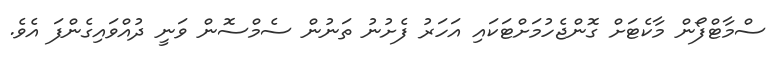
ސްމާޓްފޯން މާކެޓަށް ގޮންޖެހުމަށްޓަކައި އަހަރު ފެށުނު ތަނުން ސެމްސޮން ވަނީ ދުއްވައިގެންފަ އެވެ.